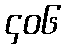
၄၀၆